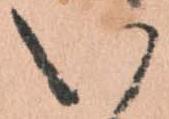
い